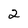
Character: 2